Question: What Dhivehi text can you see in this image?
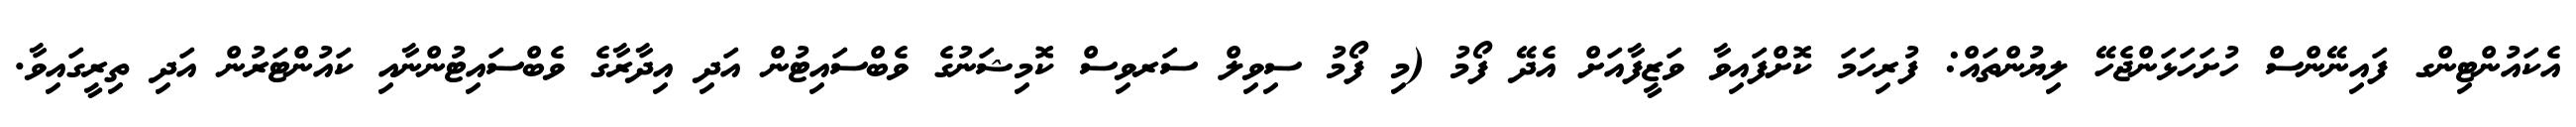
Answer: އެކައުންޓިންގ ފައިނޭންސް ހުށަހަޅަންޖެހޭ ލިޔުންތައް: ފުރިހަމަ ކޮށްފައިވާ ވަޒީފާއަށް އެދޭ ފޯމު (މި ފޯމު ސިވިލް ސަރވިސް ކޮމިޝަނުގެ ވެބްސައިޓުން އަދި އިދާރާގެ ވެބްސައިޓުންނާއި ކައުންޓަރުން އަދި ތިރީގައިވާ.